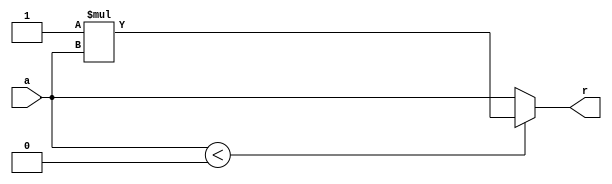
`timescale 1ns / 1ps
//////////////////////////////////////////////////////////////////////////////////
// Company: 
// Engineer: 
// 
// Design Name: 
// Module Name:    fixed_abs 
// Project Name: 
// Target Devices: 
// Tool versions: 
// Description: 
//
// Dependencies: 
//
// Revision: 
// Revision 0.01 - File Created
// Additional Comments: 
//
//////////////////////////////////////////////////////////////////////////////////
module fixed_abs(
		input signed [31:0] a,
		output signed [31:0] r
    );
	 
	 assign r = a<0 ? -1*a : a;

endmodule